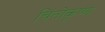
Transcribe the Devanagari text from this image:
चिंतोकृष्ण